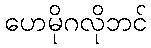
ဟေမိုဂလိုဘင်